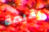
بقيمة